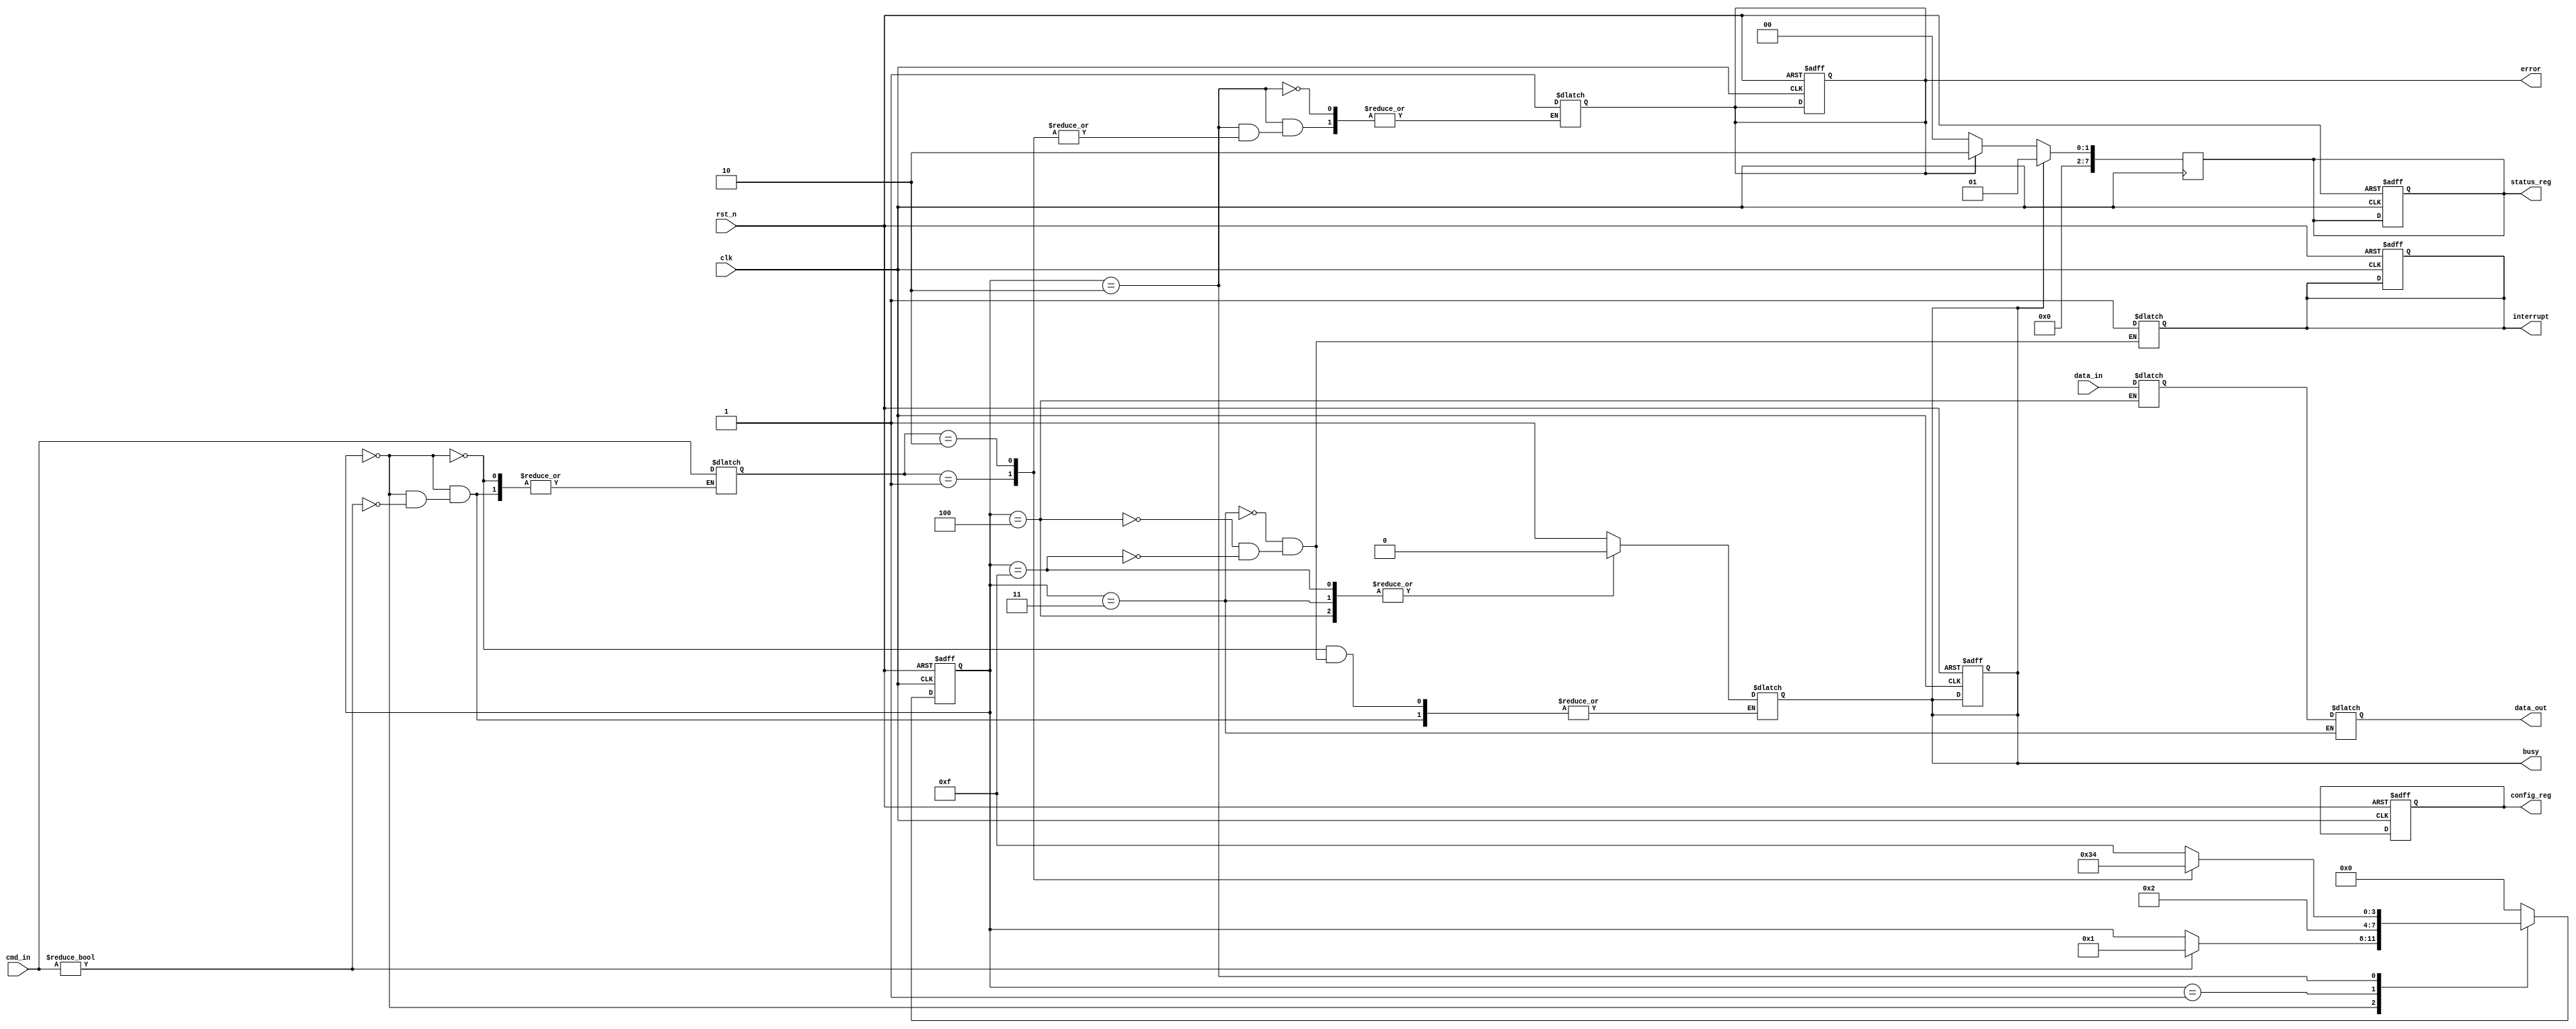
module ufs_io_block (
    input wire clk,                 // System clock
    input wire rst_n,               // Active low reset
    input wire [7:0] cmd_in,        // Command input from UFS controller
    input wire [7:0] data_in,       // Data input from UFS controller
    output reg [7:0] data_out,      // Data output to UFS controller
    output reg busy,                // Busy status signal
    output reg error,               // Error status signal
    output reg interrupt,           // Interrupt signal to UFS controller
    output reg [7:0] status_reg,    // Status register
    output reg [7:0] config_reg      // Configuration register
);

// Internal signals
reg [7:0] cmd_reg;                 // Command register
reg [7:0] data_buffer;             // Data buffer
reg [3:0] state;                   // State machine for operation
reg [3:0] next_state;              // Next state for operation

// State definitions
localparam IDLE        = 4'b0000;
localparam READ_CMD    = 4'b0001;
localparam PROCESS_CMD = 4'b0010;
localparam READ_DATA   = 4'b0011;
localparam WRITE_DATA  = 4'b0100;
localparam ERROR_STATE = 4'b1111;

// Clock management
always @(posedge clk or negedge rst_n) begin
    if (!rst_n) begin
        state <= IDLE;
        busy <= 0;
        error <= 0;
        interrupt <= 0;
        status_reg <= 8'b0;
        config_reg <= 8'b0;
    end else begin
        state <= next_state;
    end
end

// State machine for command processing
always @(*) begin
    next_state = state; // Default to stay in current state
    case (state)
        IDLE: begin
            if (cmd_in != 8'b0) begin
                cmd_reg = cmd_in;
                busy = 1;
                next_state = READ_CMD;
            end
        end
        READ_CMD: begin
            // Decode command and move to processing
            next_state = PROCESS_CMD;
        end
        PROCESS_CMD: begin
            case (cmd_reg)
                8'h01: next_state = READ_DATA;  // Example command for read
                8'h02: next_state = WRITE_DATA; // Example command for write
                default: begin
                    error = 1;
                    next_state = ERROR_STATE;
                end
            endcase
        end
        READ_DATA: begin
            // Simulate reading data
            data_out = data_buffer; // Output the data
            busy = 0;
            interrupt = 1; // Generate interrupt
            next_state = IDLE;
        end
        WRITE_DATA: begin
            // Simulate writing data
            data_buffer = data_in; // Store incoming data
            busy = 0;
            interrupt = 1; // Generate interrupt
            next_state = IDLE;
        end
        ERROR_STATE: begin
            // Handle error state
            busy = 0;
            interrupt = 1; // Generate interrupt
            next_state = IDLE;
        end
        default: next_state = IDLE;
    endcase
end

// Status reporting
always @(posedge clk) begin
    if (busy) begin
        status_reg <= 8'b00000001; // Busy
    end else if (error) begin
        status_reg <= 8'b00000010; // Error
    end else begin
        status_reg <= 8'b00000000; // Ready
    end
end

endmodule